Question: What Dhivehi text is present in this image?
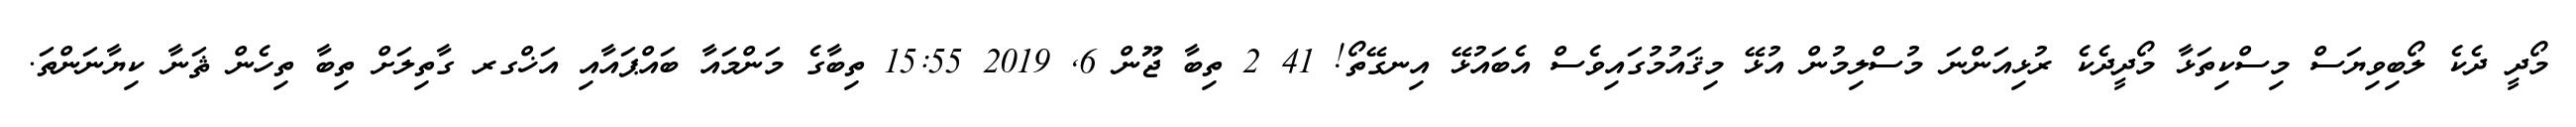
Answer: މޯދީ ދެކެ ލޯބިވިޔަސް މިސްކިތަޅާ މޯދީދެކެ ރުޅިއަންނަ މުސްލިމުން އުޅޭ މިޤައުމުގައިވެސް އެބައުޅޭ އިނގޭތޯ! 41 2 ތިބާ ޖޫން 6, 2019 15:55 ތިބާގެ މަންމައާ ބައްޕައާއި އަޚްގރ ގާތިލަށް ތިބާ ތިހެން ޘަނާ ކިޔާނަންތަ.